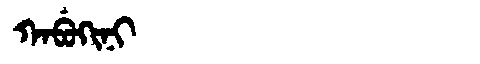
Manchu: ᡴᠠᠪᡠᡴᡳᠨᡳ
Romanization: KABUKINI